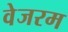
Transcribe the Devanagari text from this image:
वेजरम